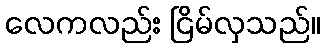
လေကလည်း ငြိမ်လှသည်။